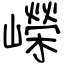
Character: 嶸